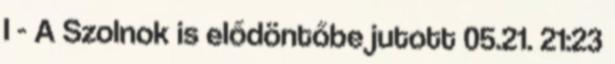
I - A Szolnok is elődöntőbe jutott 05.21. 21:23